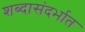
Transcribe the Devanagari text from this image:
शब्दासंदर्भात